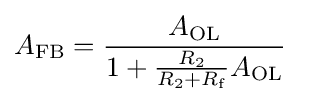
A_{\mathrm {FB} }={\frac {A_{\mathrm {OL} }}{1+{\frac {R_{2}}{R_{2}+R_{\mathrm {f} }}}A_{\mathrm {OL} }}}\